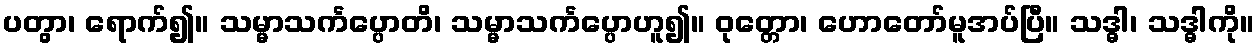
ပတွာ၊ ရောက်၍။ သမ္မာသင်္ကပ္ပောတိ၊ သမ္မာသင်္ကပ္ပောဟူ၍။ ဝုတ္တော၊ ဟောတော်မူအပ်ပြီ။ သဒ္ဓါ၊ သဒ္ဓါကို။